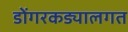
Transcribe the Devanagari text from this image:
डोंगरकड्यालगत